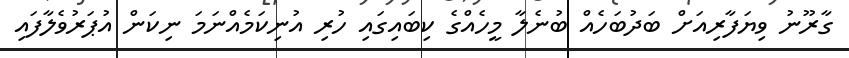
ގާރޫނު ވިޔަފާރިއަށް ބަދުބަހެއް ބުނެލާ މީހެއްގެ ކިބައިގައި ހުރި އުނިކަމެއްނަމަ ނިކަން އުޕަރުވެލާފައި